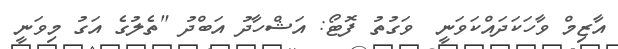
އާޒިމް ވާހަކަދައްކަވަނީ  ވަގުތު ފޮޓޯ: އަޝްހާދު އަބްދު "ތެލުގެ އަގު މިވަނީ